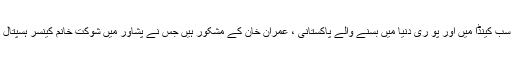
سو ہم سب کینڈا میں اور پو ری دنیا میں بسنے والے پاکستانی ، عمران خان کے مشکور ہیں جس نے پشاور میں شوکت خانم کینسر ہسپتال بنوایا ۔